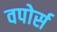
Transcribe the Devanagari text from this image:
वपोर्स